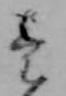
け